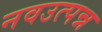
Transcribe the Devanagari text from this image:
नवउत्पन्न